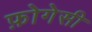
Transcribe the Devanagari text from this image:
फ़ोगेसी